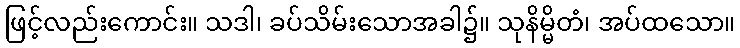
ဖြင့်လည်းကောင်း။ သဒါ၊ ခပ်သိမ်းသောအခါ၌။ သုနိမ္မိတံ၊ အပ်ထသော။